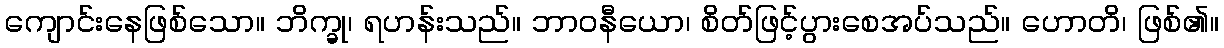
ကျောင်းနေဖြစ်သော။ ဘိက္ခု၊ ရဟန်းသည်။ ဘာဝနီယော၊ စိတ်ဖြင့်ပွားစေအပ်သည်။ ဟောတိ၊ ဖြစ်၏။